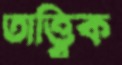
তাত্ত্বিক